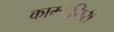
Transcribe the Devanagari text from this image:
कामदगिरी